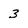
Character: 3